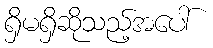
ရှိမရှိဆိုသည့်အပေါ်